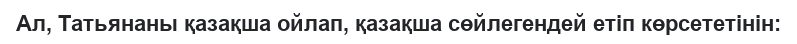
Ал, Татьянаны қазақша ойлап, қазақша сөйлегендей етіп көрсететінін: